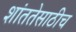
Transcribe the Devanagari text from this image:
शांततेसाठीच